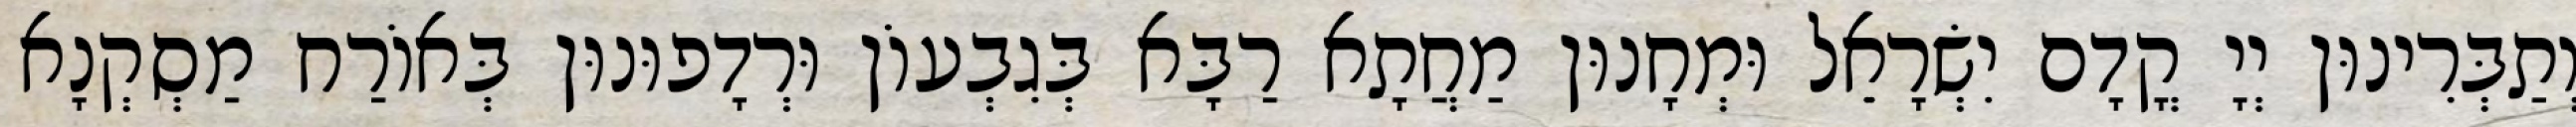
וְתַבְּרִינוּן יְיָ קֳדָם יִשְׂרָאֵל וּמְחָנוּן מַחֲתָא רַבָּא בְּגִבְעוֹן וּרְדָפוּנוּן בְּאוֹרַח מַסְקְנָא